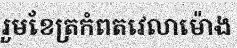
រួមខែត្រកំពតវេលាម៉ោង